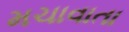
મચાવાતા